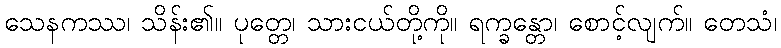
သေနကဿ၊ သိန်း၏။ ပုတ္တေ၊ သားငယ်တို့ကို။ ရက္ခန္တော၊ စောင့်လျက်။ တေသံ၊